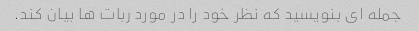
جمله ای بنویسید که نظر خود را در مورد ربات ها بیان کند.